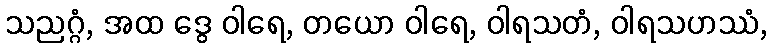
သညဂ္ဂံ, အထ ဒွေ ဝါရေ, တယော ဝါရေ, ဝါရသတံ, ဝါရသဟဿံ,